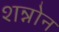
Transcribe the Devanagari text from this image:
शन्नोन